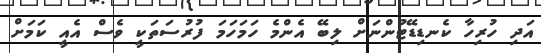
އަދި ހުރިހާ ކެނޑިޑޭޓުންނަށް ލިބޭ އެންމެ ހަމަހަމަ ފުރުސަތަކީ ވެސް އެއީ ކަމަށް